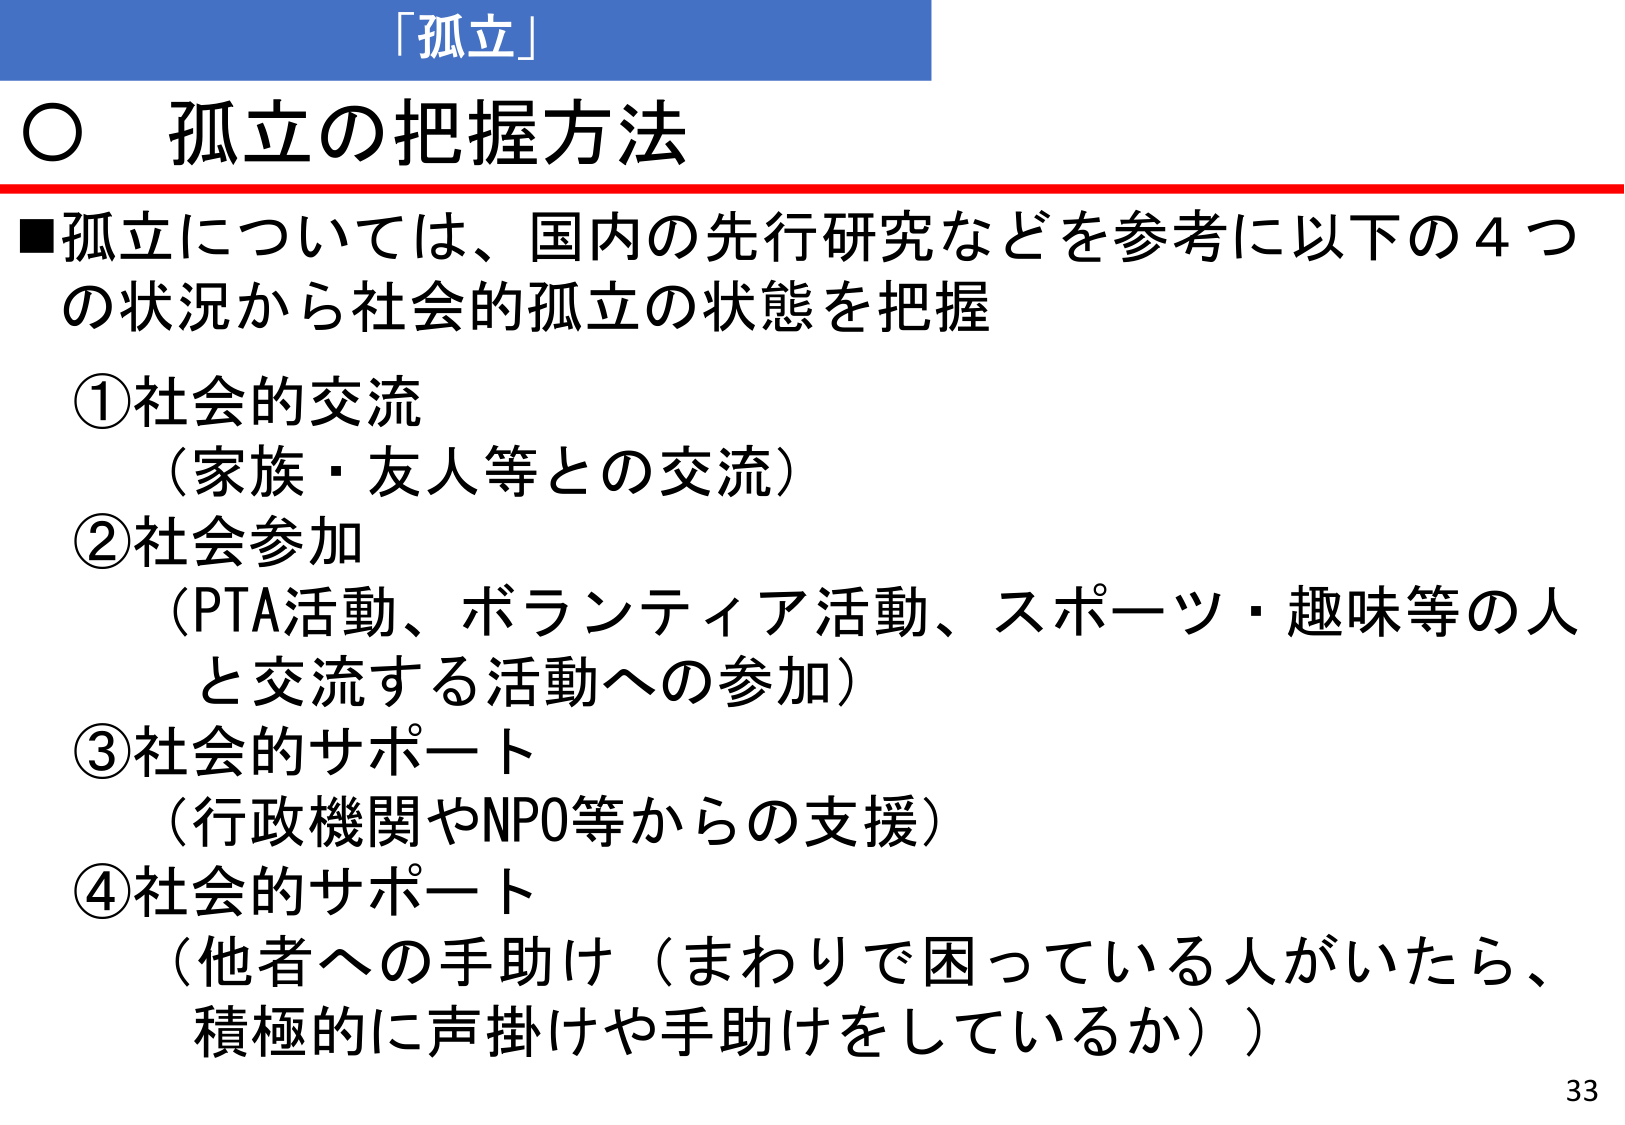
「孤立」

○ 孤立の把握方法

■孤立については、国内の先行研究などを参考に以下の4つの状況から社会的孤立の状態を把握

①社会的交流
（家族・友人等との交流）

②社会参加
（PTA活動、ボランティア活動、スポーツ・趣味等の人と交流する活動への参加）

③社会的サポート
（行政機関やNPO等からの支援）

④社会的サポート
（他者への手助け（まわりで困っている人がいたら、積極的に声掛けや手助けをしているか））

33